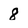
Character: 8